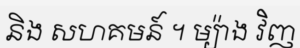
និង សហគមន៍ ។ ម្យ៉ាង វិញ